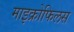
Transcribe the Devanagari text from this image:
माइक्रोफिलस